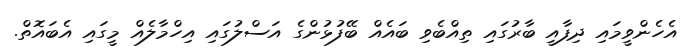
އެހެންވީމައި ދިފާއީ ބާރުގައި ތިއްބެވި ބައެއް ބޭފުޅުންގެ އަސްލުގައި އިހްމާލެއް މީގައި އެބައޮތް.